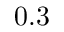
0 . 3